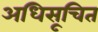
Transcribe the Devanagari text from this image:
अधिसूचित